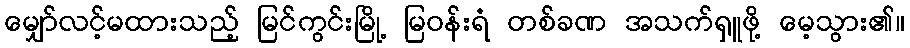
မျှော်လင့်မထားသည့် မြင်ကွင်းမြို့ မြဝန်းရံ တစ်ခဏ အသက်ရှူဖို့ မေ့သွား၏။